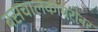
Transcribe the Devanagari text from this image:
बसचालकाबरोबर